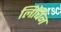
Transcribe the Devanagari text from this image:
लिबिन